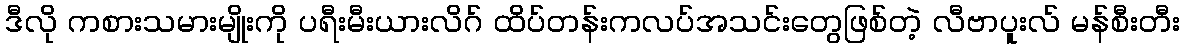
ဒီလို ကစားသမားမျိုးကို ပရီးမီးယားလိဂ် ထိပ်တန်းကလပ်အသင်းတွေဖြစ်တဲ့ လီဗာပူးလ် မန်စီးတီး